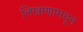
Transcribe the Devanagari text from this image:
लिखाणामधून